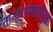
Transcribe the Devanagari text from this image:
ताऱ्यांभोवतीसुद्धा